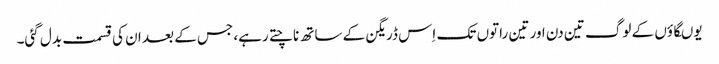
یوںگاؤں کے لوگ تین دن اور تین راتوں تک اِس ڈریگن کے ساتھ ناچتے رہے، جس کے بعد ان کی قسمت بدل گئی۔